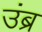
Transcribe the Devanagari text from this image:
उंब्र